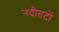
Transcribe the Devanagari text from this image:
नदीतटों